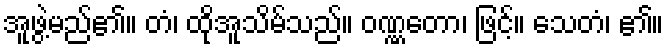
အူဖွဲ့မည်၏။ တံ၊ ထိုအူသိမ်သည်။ ဝဏ္ဏတော၊ ဖြင့်။ သေတံ၊ ၏။